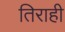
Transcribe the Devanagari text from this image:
तिराही